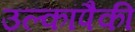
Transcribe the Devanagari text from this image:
उल्कांपैकी